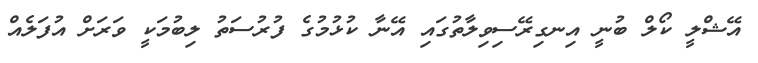
އޭޝްލީ ކޯލް ބުނީ އިނގިރޭސިވިލާތުގައި އޭނާ ކުޅުމުގެ ފުރުސަތު ލިބުމަކީ ވަރަށް އުފަލެއް